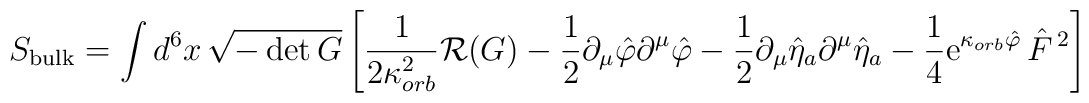
S_{\rm bulk} = \int d^6x \,\sqrt{-\det G}\left[\frac{1}{2\kappa_{orb}^2}{\cal R}(G) -\frac{1}{2}\partial_{\mu}\hat \varphi \partial^{\mu}\hat \varphi -\frac{1}{2}\partial_{\mu} \hat \eta_a \partial^{\mu}\hat \eta_a -\frac{1}{4}  {\rm e}^{\kappa_{orb} \hat \varphi}\,\hat F^{\,2}\right]